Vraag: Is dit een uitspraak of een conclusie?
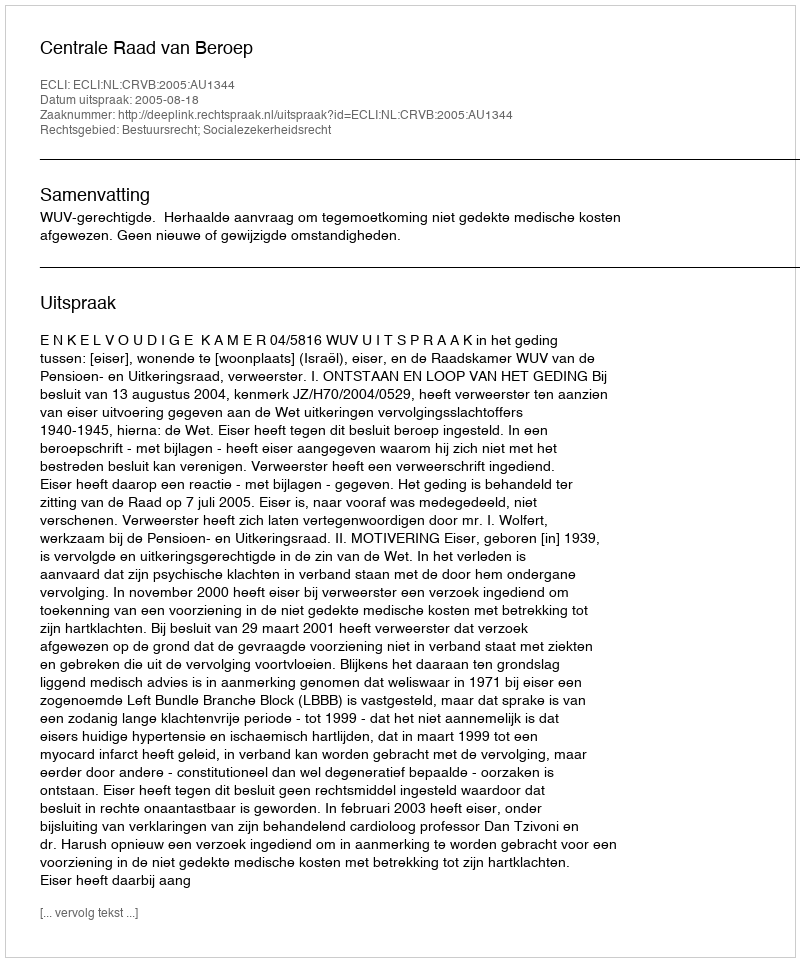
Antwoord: Uitspraak